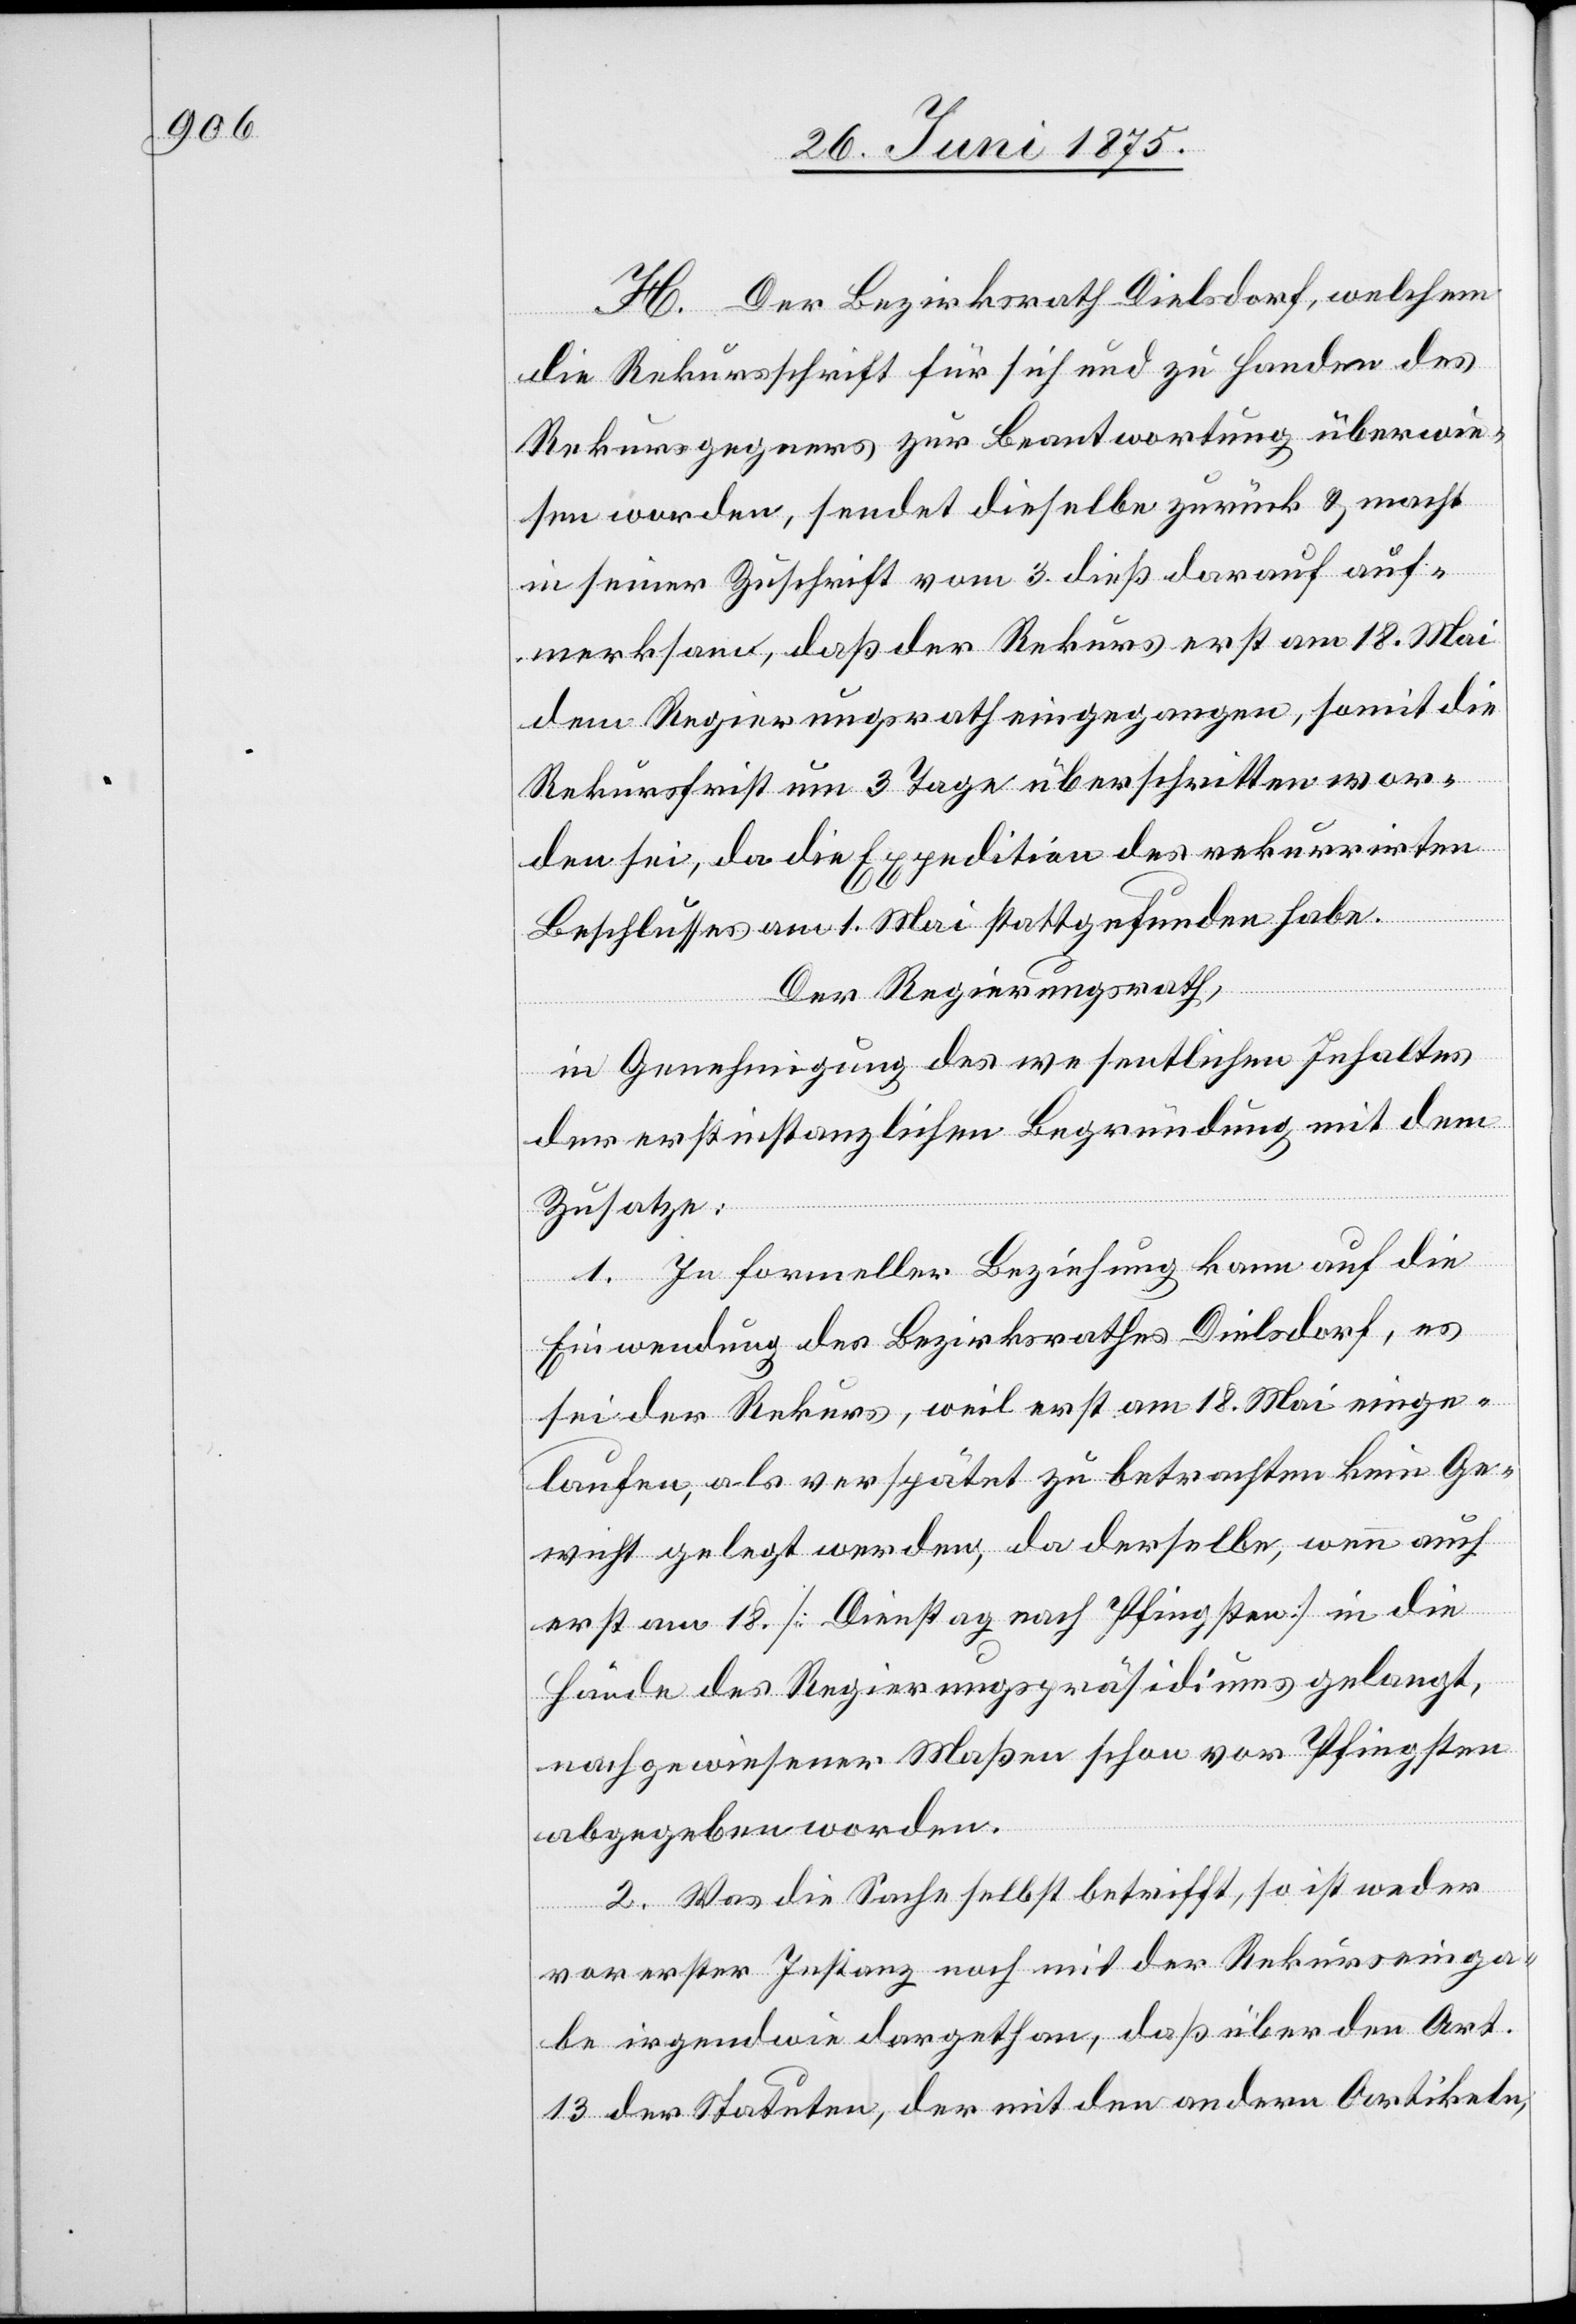
H. Der Bezirksrath Dielsdorf, welchem
die Rekursschrift für sich und zu Handen des
Rekursgegners zur Beantwortung überwie¬
sen worden, sendet dieselbe zurück & macht
in seiner Zuschrift vom 3. dieß darauf auf¬
merksam, daß der Rekurs erst am 18. Mai
dem Regierungsrath eingegangen , somit die
Rekursfrist um 3 Tage überschritten wor¬
den sei, da die Expedition des rekurrirten
Beschlusses am 1. Mai stattgefunden habe.
Der Regierungsrath,
in Genehmigung des wesentlichen Inhaltes
der erstinstanzlichen Begründung mit dem
Zusatz:
1. In formeller Beziehung kann auf die
Einwendung des Bezirksrathes Dielsdorf, es
sei der Rekurs, weil erst am 18. Mai einge¬
laufen, als verspätet zu betrachten kein Ge¬
wicht gelegt werden, da derselbe, wenn auch
erst am 18. [Dienstag nach Pfingsten] in die
Hände des Regierungspräsidiums gelangt,
nachgewiesener Maßen schon vor Pfingsten
abgegeben worden.
2. Was die Sache selbst betrifft, so ist weder
vor erster Instanz noch mit der Rekurseinga¬
be irgendwie dargethan, daß über den Art.
13 der Statuten, der mit den andern Artikeln,